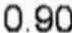
0.90